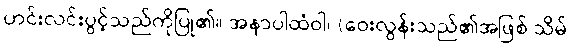
ဟင်းလင်းပွင့်သည်ကိုပြု၏။ အနာပါထံဝါ၊ (ဝေးလွန်းသည်၏အဖြစ် သိမ်